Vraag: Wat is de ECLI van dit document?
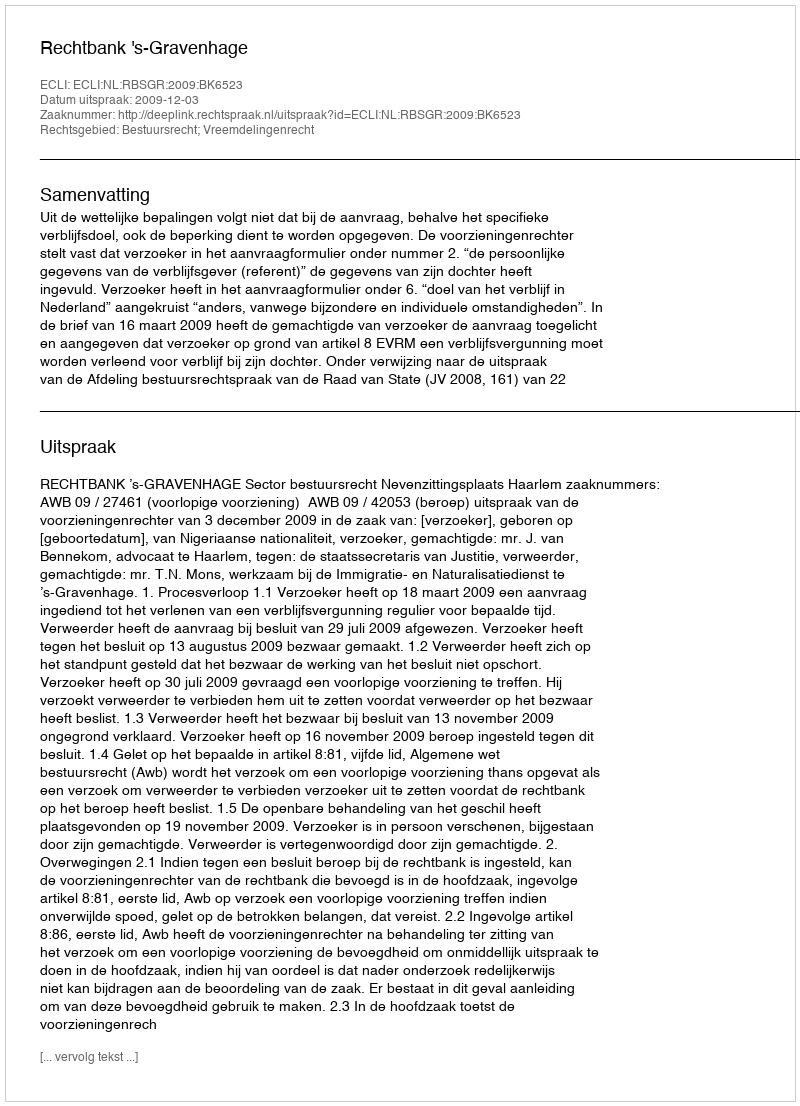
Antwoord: ECLI:NL:RBSGR:2009:BK6523